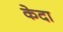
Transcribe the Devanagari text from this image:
केदा